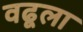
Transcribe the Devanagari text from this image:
वढूला